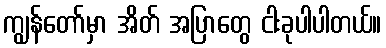
ကျွန်တော်မှာ အိတ် အပြာတွေ ငါးခုပါပါတယ်။